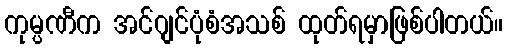
ကုမ္ပဏီက အင်ဂျင်ပုံစံအသစ် ထုတ်ရမှာဖြစ်ပါတယ်။